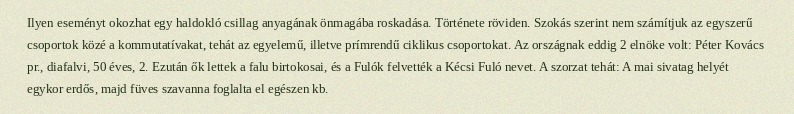
Ilyen eseményt okozhat egy haldokló csillag anyagának önmagába roskadása. Története röviden. Szokás szerint nem számítjuk az egyszerű csoportok közé a kommutatívakat, tehát az egyelemű, illetve prímrendű ciklikus csoportokat. Az országnak eddig 2 elnöke volt: Péter Kovács pr., diafalvi, 50 éves, 2. Ezután ők lettek a falu birtokosai, és a Fulók felvették a Kécsi Fuló nevet. A szorzat tehát: A mai sivatag helyét egykor erdős, majd füves szavanna foglalta el egészen kb.